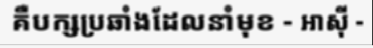
គឺបក្សប្រឆាំងដែលនាំមុខ - អាស៊ី -